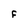
Character: F